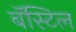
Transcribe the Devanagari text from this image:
बॅस्टिल